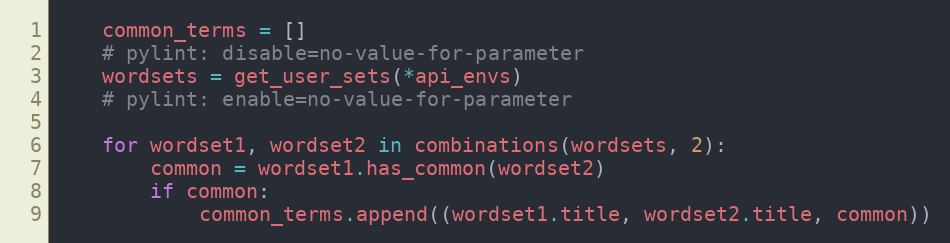
Language: Python
    common_terms = []
    # pylint: disable=no-value-for-parameter
    wordsets = get_user_sets(*api_envs)
    # pylint: enable=no-value-for-parameter

    for wordset1, wordset2 in combinations(wordsets, 2):
        common = wordset1.has_common(wordset2)
        if common:
            common_terms.append((wordset1.title, wordset2.title, common))